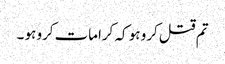
تم قتل کرو ہو کہ کرامات کرو ہو ۔